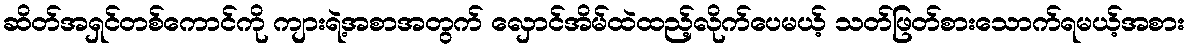
ဆိတ်အရှင်တစ်ကောင်ကို ကျားရဲ့အစာအတွက် လှောင်အိမ်ထဲထည့်လိုက်ပေမယ့် သတ်ဖြတ်စားသောက်ရမယ့်အစား